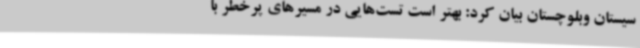
سیستان وبلوچستان بیان کرد: بهتر است تست‌هایی در مسیرهای پرخطر با